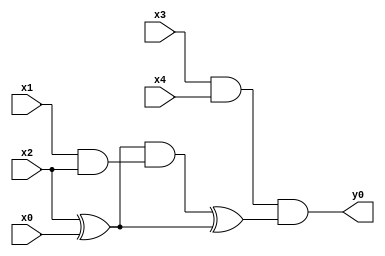
module top( x0 , x1 , x2 , x3 , x4 , y0 );
  input x0 , x1 , x2 , x3 , x4 ;
  output y0 ;
  wire n6 , n7 , n8 , n9 , n10 , n11 ;
  assign n6 = x3 & x4 ;
  assign n7 = x2 ^ x0 ;
  assign n8 = x1 & x2 ;
  assign n9 = n7 & n8 ;
  assign n10 = n9 ^ n7 ;
  assign n11 = n6 & n10 ;
  assign y0 = n11 ;
endmodule